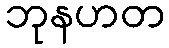
ဘုနဟတ